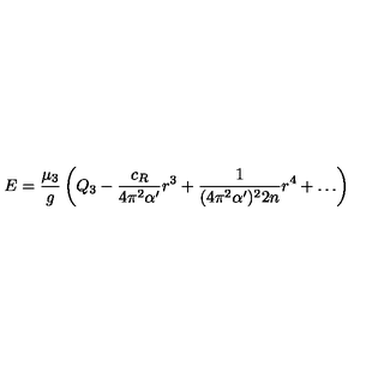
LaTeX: E = \frac { \mu _ { 3 } } { g } \left( Q _ { 3 } - \frac { c _ { R } } { 4 \pi ^ { 2 } \alpha ^ { \prime } } r ^ { 3 } + \frac { 1 } { ( 4 \pi ^ { 2 } \alpha ^ { \prime } ) ^ { 2 } 2 n } r ^ { 4 } + \ldots \right)